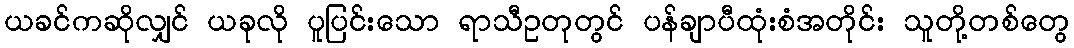
ယခင်ကဆိုလျှင် ယခုလို ပူပြင်းသော ရာသီဥတုတွင် ပန်ချာပီထုံးစံအတိုင်း သူတို့တစ်တွေ